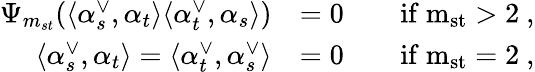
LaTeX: \begin{array}{rlrl}{\Psi_{m_{st}}(\langle\alpha_{s}^{\vee},\alpha_{t}\rangle\langle\alpha_{t}^{\vee},\alpha_{s}\rangle)}&{=0}&&{\mathrm{if~m_{st}>2~,}}\\ {\langle\alpha_{s}^{\vee},\alpha_{t}\rangle=\langle\alpha_{t}^{\vee},\alpha_{s}^{\vee}\rangle}&{=0}&&{\mathrm{if~m_{st}=2~,}}\end{array}